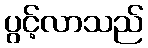
ပွင့်လာသည်